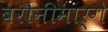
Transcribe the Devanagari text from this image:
बरौनीमार्गे